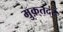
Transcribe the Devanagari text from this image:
मुक़्तदर